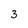
Character: 3